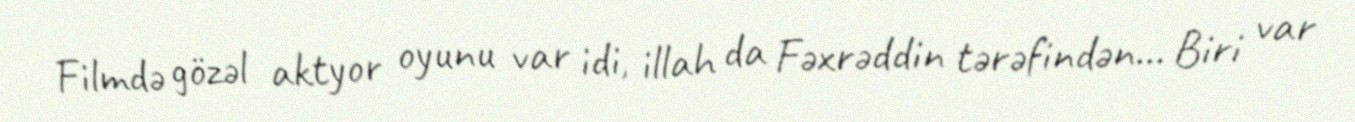
Filmdə gözəl aktyor oyunu var idi, illah da Fəxrəddin tərəfindən... Biri var